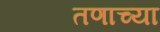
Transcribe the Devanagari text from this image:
तणाच्या